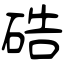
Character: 硞